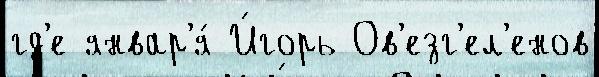
гд'е январ'я́ И́горь Ов'езг'ел'енов